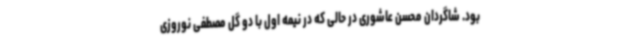
بود. شاگردان محسن عاشوری در حالی که در نیمه اول با دو گل مصطفی نوروزی